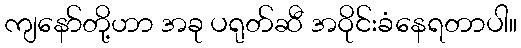
ကျနော်တို့ဟာ အခု ပရုတ်ဆီ အဝိုင်းခံနေရတာပါ။